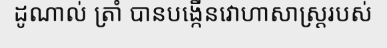
ដូណាល់ ត្រាំ បានបង្កើនវោហាសាស្ត្ររបស់